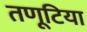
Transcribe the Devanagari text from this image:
तणूटिया